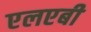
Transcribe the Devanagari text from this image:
एलएबी